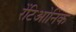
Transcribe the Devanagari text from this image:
रेंटिओनिक